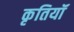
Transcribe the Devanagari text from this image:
कृतियॉं